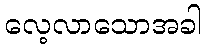
လေ့လာသောအခါ